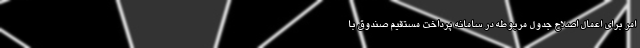
امر برای اعمال اصلاح جدول مربوطه در سامانه پرداخت مستقیم صندوق با